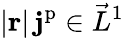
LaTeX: |\mathbf{r}|\, \mathbf{j}^{\mathrm{p}}\in\vec{L}^{1}